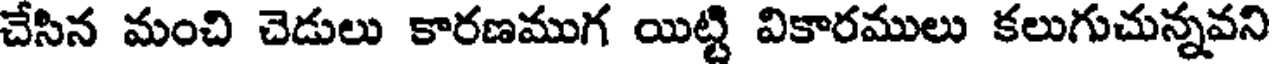
చేసిన మంచి చెడులు కారణముగ యిట్టి వికారములు కలుగుచున్నవని